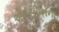
એલસીએના